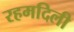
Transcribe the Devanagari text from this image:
रहमदिली